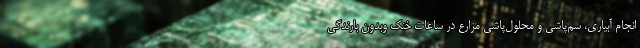
انجام آبیاری، سم­پاشی و محلول­پاشی مزارع در ساعات خنک وبدون بارندگی